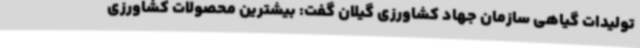
تولیدات گیاهی سازمان جهاد کشاورزی گیلان گفت: بیشترین محصولات کشاورزی